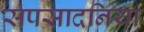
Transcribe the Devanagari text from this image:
संपसादनिया